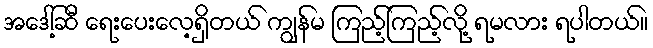
အဒေါ့်ဆီ ရေးပေးလေ့ရှိတယ် ကျွန်မ ကြည့်ကြည့်လို့ ရမလား ရပါတယ်။